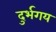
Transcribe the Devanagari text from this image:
दुर्भगय